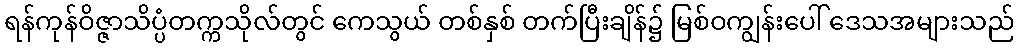
ရန်ကုန်ဝိဇ္ဇာသိပ္ပံတက္ကသိုလ်တွင် ကေသွယ် တစ်နှစ် တက်ပြီးချိန်၌ မြစ်ဝကျွန်းပေါ် ဒေသအများသည်